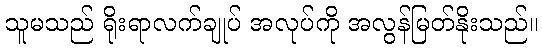
သူမသည် ရိုးရာလက်ချုပ် အလုပ်ကို အလွန်မြတ်နိုးသည်။